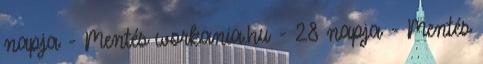
napja - Mentés workania.hu - 28 napja - Mentés